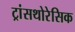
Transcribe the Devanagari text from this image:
ट्रांसथोरेसिक